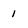
Character: 1